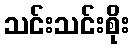
သင်းသင်းစိုး